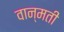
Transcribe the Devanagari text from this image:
वान्मती